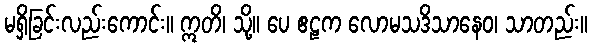
မရှိခြင်းလည်းကောင်း။ ဣတိ၊ သို့။ ပေ ဧဠက လောမသဒိသာနေဝ၊ သာတည်း။